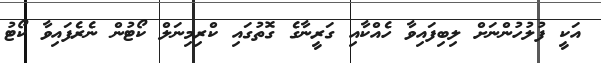
އަކީ ފުލުހުންނަށް ލިބިފައިވާ ހެއްކާއި ގަރީނާގެ ގޮތުގައި ކްރިމިނަލް ކޯޓުން ނެރެފައިވާ ކޯޓު